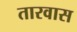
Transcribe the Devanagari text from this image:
तारवास